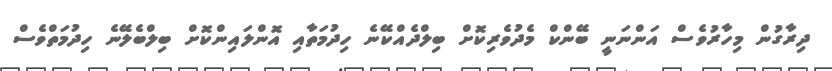
ދިރާގުން މިހާރުވެސް އަންނަނީ ބޭންކް މެދުވެރިކޮށް ބިލްދެއްކޭނެ ހިދުމަތާއި އޮންލައިންކޮށް ބިލްބެލޭނެ ހިދުމަތްވެސް